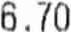
6.70